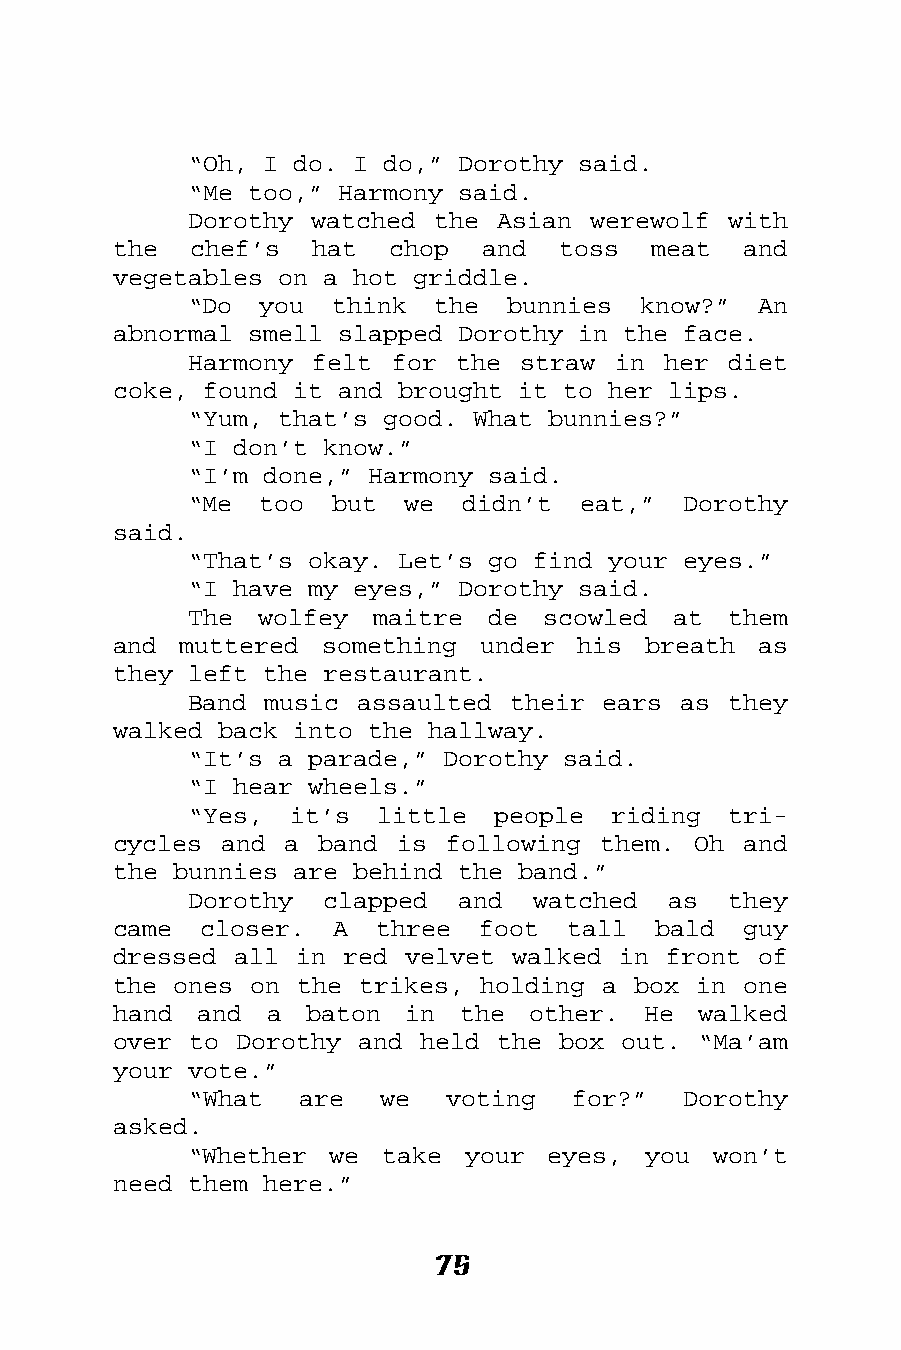
“Oh, I do. I do,” Dorothy said.
 “Me too,” Harmony said.
 Dorothy watched the Asian werewolf  with
 the  chef’s  hat  chop  and  toss  meat   and
 vegetables on a hot griddle.
 “Do  you think  the  bunnies  know?”  An
 abnormal smell slapped Dorothy in the face.
 Harmony felt for  the straw in her  diet
 coke, found it and brought it to her lips.
 “Yum, that’s good. What bunnies?”
 “I don’t know.”
 “I’m done,” Harmony said.
 “Me  too but  we  didn’t  eat,”  Dorothy
 said.
 “That’s okay. Let’s go find your eyes.”
 “I have my eyes,” Dorothy said.
 The wolfey  maitre  de scowled  at  them
 and muttered  something under  his breath  as
 they left the restaurant.
 Band music assaulted their ears as  they
 walked back into the hallway.
 “It’s a parade,” Dorothy said.
 “I hear wheels.”
 “Yes,  it’s little  people  riding  tri-
 cycles and a  band is following them. Oh  and
 the bunnies are behind the band.”
 Dorothy  clapped  and  watched  as  they
 came  closer. A  three  foot  tall  bald  guy
 dressed all in red velvet walked in front  of
 the ones on the trikes, holding a box in  one
 hand and  a  baton in  the other.  He  walked
 over to Dorothy and held the box out.  “Ma’am
 your vote.”
 “What  are   we  voting  for?”   Dorothy
 asked.
 “Whether we  take your  eyes, you  won’t
 need them here.”
 75